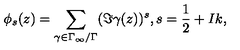
\phi _ { s } ( z ) = \sum _ { \gamma \in \Gamma _ { \infty } / \Gamma } ( \Im \gamma ( z ) ) ^ { s } , s = \frac { 1 } { 2 } + I k ,